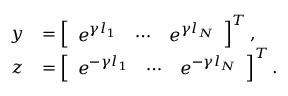
\begin{array} { r l } { \boldsymbol { y } } & { = \left[ \begin{array} { l l l } { e ^ { \gamma l _ { 1 } } } & { \cdots } & { e ^ { \gamma l _ { N } } } \end{array} \right] ^ { T } , } \\ { \boldsymbol { z } } & { = \left[ \begin{array} { l l l } { e ^ { - \gamma l _ { 1 } } } & { \cdots } & { e ^ { - \gamma l _ { N } } } \end{array} \right] ^ { T } . } \end{array}